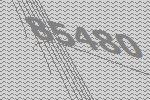
85480